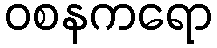
ဝစနကရော